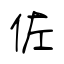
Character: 佐